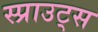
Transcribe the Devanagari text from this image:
स्प्राउट्स